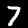
Digit: 7